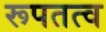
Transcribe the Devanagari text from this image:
रूपतत्व